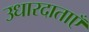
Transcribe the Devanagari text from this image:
उधारदाताएँ